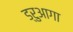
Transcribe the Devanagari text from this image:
ड्रुआगा